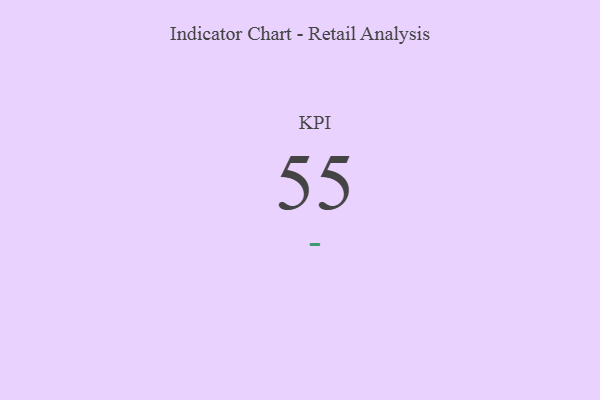
{"axis": {"x": "KPI", "y": "Value"}, "legend": [""], "data": [{"x": "KPI", "y": 55, "type": ""}]}